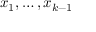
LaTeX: x _ { 1 } , \dots , x _ { k - 1 }